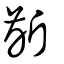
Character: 齗